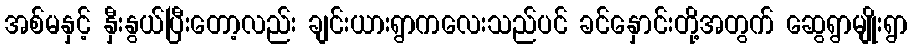
အစ်မနှင့် နှီးနွယ်ပြီးတော့လည်း ချင်းယားရွာကလေးသည်ပင် ခင်နှောင်းတို့အတွက် ဆွေရွာမျိုးရွာ